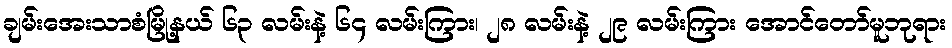
ချမ်းအေးသာစံမြို့နယ် ၆၃ လမ်းနဲ့ ၆၄ လမ်းကြား၊ ၂၈ လမ်းနဲ့ ၂၉ လမ်းကြား အောင်တော်မူဘုရား